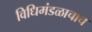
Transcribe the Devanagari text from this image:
विधिमंडळाचाच